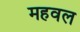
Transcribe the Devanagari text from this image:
महवल